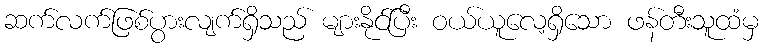
ဆက်လက်ဖြစ်ပွားလျက်ရှိသည် များနိုင်ပြီး ဝယ်ယူလေ့ရှိသော ဖန်တီးသူထံမှ